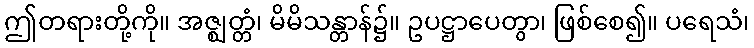
ဤတရားတို့ကို။ အဇ္ဈတ္တံ၊ မိမိသန္တာန်၌။ ဥပဋ္ဌာပေတွာ၊ ဖြစ်စေ၍။ ပရေသံ၊